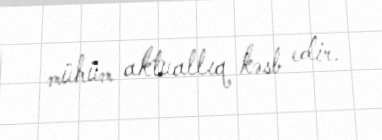
mühüm aktuallıq kəsb edir.